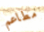
مطاعم